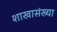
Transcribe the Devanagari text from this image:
शाखासंख्या